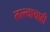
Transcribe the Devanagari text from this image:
तत्त्वाचाही